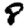
Digit: 8